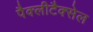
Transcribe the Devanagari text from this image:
पैक्लीटैक्सेल